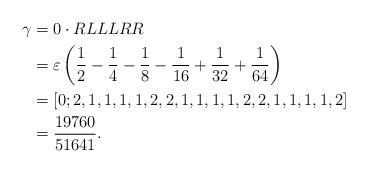
LaTeX: \begin{align*}\gamma &= 0 \cdot RLLLRR \\&= \varepsilon\left(\frac{1}{2}-\frac{1}{4}-\frac{1}{8}-\frac{1}{16}+\frac{1}{32}+\frac{1}{64}\right) \\&= [0;2,1,1,1,1,2,2,1,1,1,1,2,2,1,1,1,1,2]\\&= \frac{19760}{51641}. \end{align*}